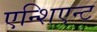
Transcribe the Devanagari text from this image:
एन्शिएन्ट